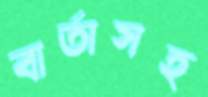
বার্তাসহ